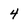
Character: 4